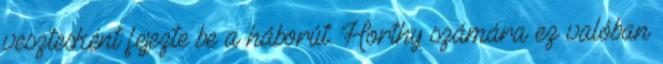
vesztesként fejezte be a háborút. Horthy számára ez valóban